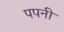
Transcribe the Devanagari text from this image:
पपनी